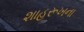
શાહરૂખના